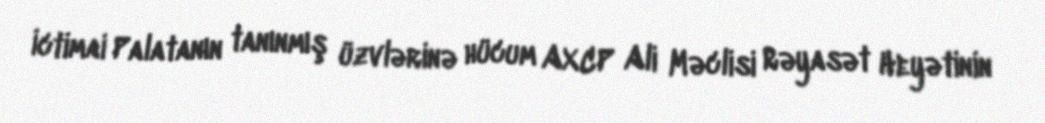
İctimai Palatanın tanınmış üzvlərinə hücum AXCP Ali Məclisi Rəyasət Heyətinin